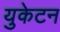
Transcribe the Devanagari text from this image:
युकेटन